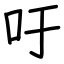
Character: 吁